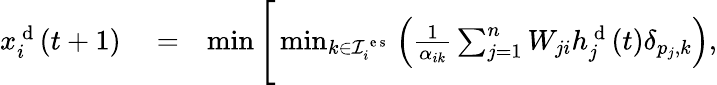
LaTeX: \begin{array}{rlr}{x_{i}^{\mathrm{~d~}}(t+1)}&{{}=}&{\operatorname*{min}\Bigg[\operatorname*{min}_{k\in\mathcal{I}_{i}^{\mathrm{~e~s~}}}\left(\frac{1}{\alpha_{ik}}\sum_{j=1}^{n}W_{ji}h_{j}^{\mathrm{~d~}}(t)\delta_{p_{j},k}\right),}\end{array}